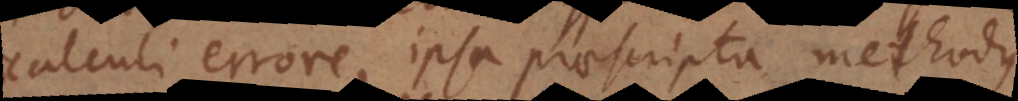
calculi errore, ipsa praescripta methodus